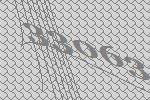
33063